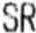
SR